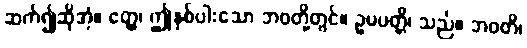
ဆက်၍ဆိုအံ့။ ဧတ္ထ၊ ဤနှစ်ပါးသော ဘဝတို့တွင်။ ဥပပတ္တိ၊ သည်။ ဘဝတိ၊